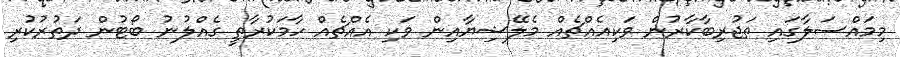
މިމައްސަލާގައި ތަޖުރިބާކާރުން ވަކިއެއްޗެއް މެލޭޝިޔާއިން ވަކި އެއްޗެއް ހާމަކުރާތީ ގެއްލުނު ބޯޓުން ދަތުރުކުރި